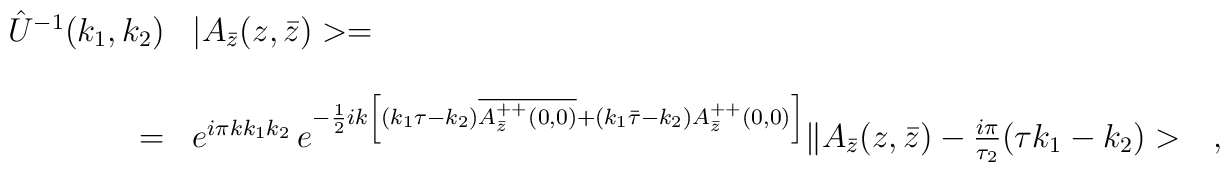
\begin{array}{r l}\hat{U}^{-1}(k_1,k_2)&|A_{\bar{z}}(z,\bar{z})>=\\& \\=&e^{i\pi kk_1k_2}\,e^{-\frac{1}{2}ik\left[(k_1\tau-k_2)\overline{A_{\bar{z}}^{++}(0,0)}+(k_1\bar{\tau}-k_2)A_{\bar{z}}^{++}(0,0)\right]}\|A_{\bar{z}}(z,\bar{z})-\frac{i\pi}{\tau_2}(\tau k_1-k_2)>\ \ \ ,\end{array}